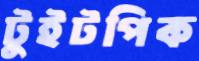
টুইটপিক